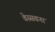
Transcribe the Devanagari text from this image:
वेस्सवना